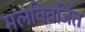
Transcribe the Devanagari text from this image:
मलविवर्जित